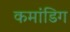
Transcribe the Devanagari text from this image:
कमांडिग